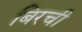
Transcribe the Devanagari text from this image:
बिरची